Epidemic dropsy in Calcutta - Number 49
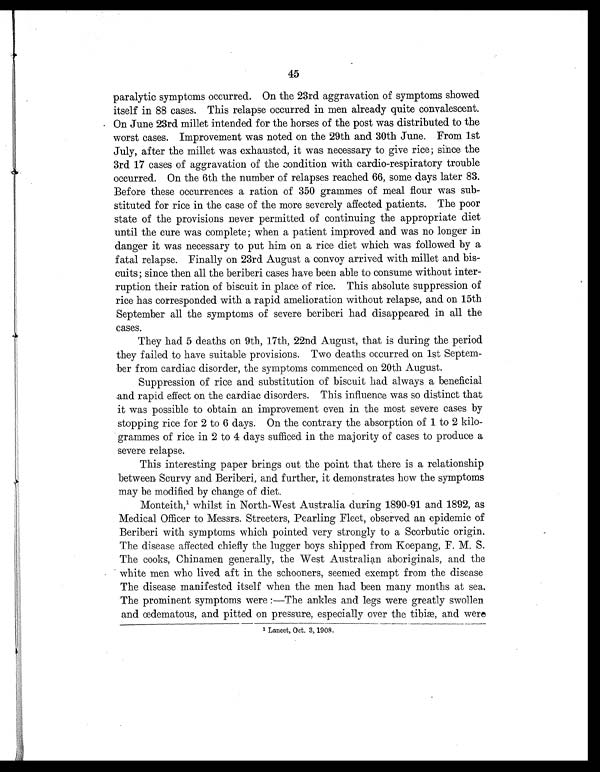
45
paralytic symptoms occurred. On the 23rd aggravation of symptoms showed
itself in 88 cases. This relapse occurred in men already quite convalescent.
On June 23rd millet intended for the horses of the post was distributed to the
worst cases. Improvement was noted on the 29th and 30th June. From 1st
July, after the millet was exhausted, it was necessary to give rice; since the
3rd 17 cases of aggravation of the condition with cardio-respiratory trouble
occurred. On the 6th the number of relapses reached 66, some days later 83.
Before these occurrences a ration of 350 grammes of meal flour was sub
-stituted for rice in the case of the more severely affected patients. The poor
state of the provisions never permitted of continuing the appropriate diet
until the cure was complete; when a patient improved and was no longer in
danger it was necessary to put him on a rice diet which was followed by a
fatal relapse. Finally on 23rd August a convoy arrived with millet and bis
-cuits; since then all the beriberi cases have been able to consume without inter
-ruption their ration of biscuit in place of rice. This absolute suppression of
rice has corresponded with a rapid amelioration without relapse, and on 15th
September all the symptoms of severe beriberi had disappeared in all the
cases.
They had 5 deaths on 9th, 17th, 22nd August, that is during the period
they failed to have suitable provisions. Two deaths occurred on 1st Septem-
ber from cardiac disorder, the symptoms commenced on 20th August.
Suppression of rice and substitution of biscuit had always a beneficial
and rapid effect on the cardiac disorders. This influence was so distinct that
it was possible to obtain an improvement even in the most severe cases by
stopping rice for 2 to 6 days. On the contrary the absorption of 1 to 2 kilo
- g r a m m e s o f r i c e i n 2 t o 4 d a y s s u f f i c e d i n t h e m a j o r i t y o f c a s e s t o p r o d u c e a
severe relapse.
This interesting paper brings out the point that there is a relationship
between Scurvy and Beriberi, and further, it demonstrates how the symptoms
may be modified by change of diet.
Monteith,1 whilst in North-West Australia during 1890-91 and 1892, as
Medical Officer to Messrs. Streeters, Pearling Fleet, observed an epidemic of
Beriberi with symptoms which pointed very strongly to a Scorbutic origin.
The disease affected chiefly the lugger boys shipped from Koepang, F. M. S.
The cooks, Chinamen generally, the West Australian aboriginals, and the
white men who lived aft in the schooners, seemed exempt from the disease
The disease manifested itself when the men had been many months at sea.
The prominent symptoms were:—The ankles and legs were greatly swollen
and œdematous, and pitted on pressure, especially over the tibiæ, and were
1
Lancet, Oct. 3, 1908.